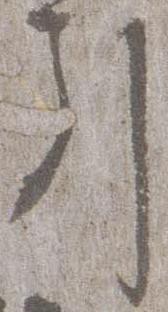
引